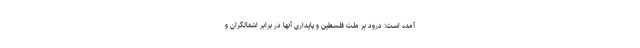
آمده است: درود بر ملت فلسطین و پایداری آنها در برابر اشغالگران و